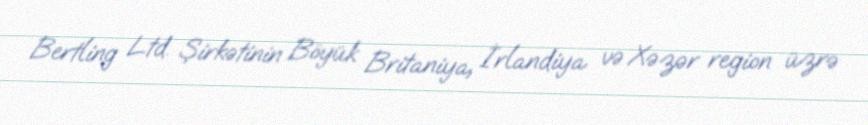
Bertling Ltd. Şirkətinin Böyük Britaniya, İrlandiya və Xəzər region üzrə